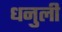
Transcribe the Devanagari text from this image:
धनुली